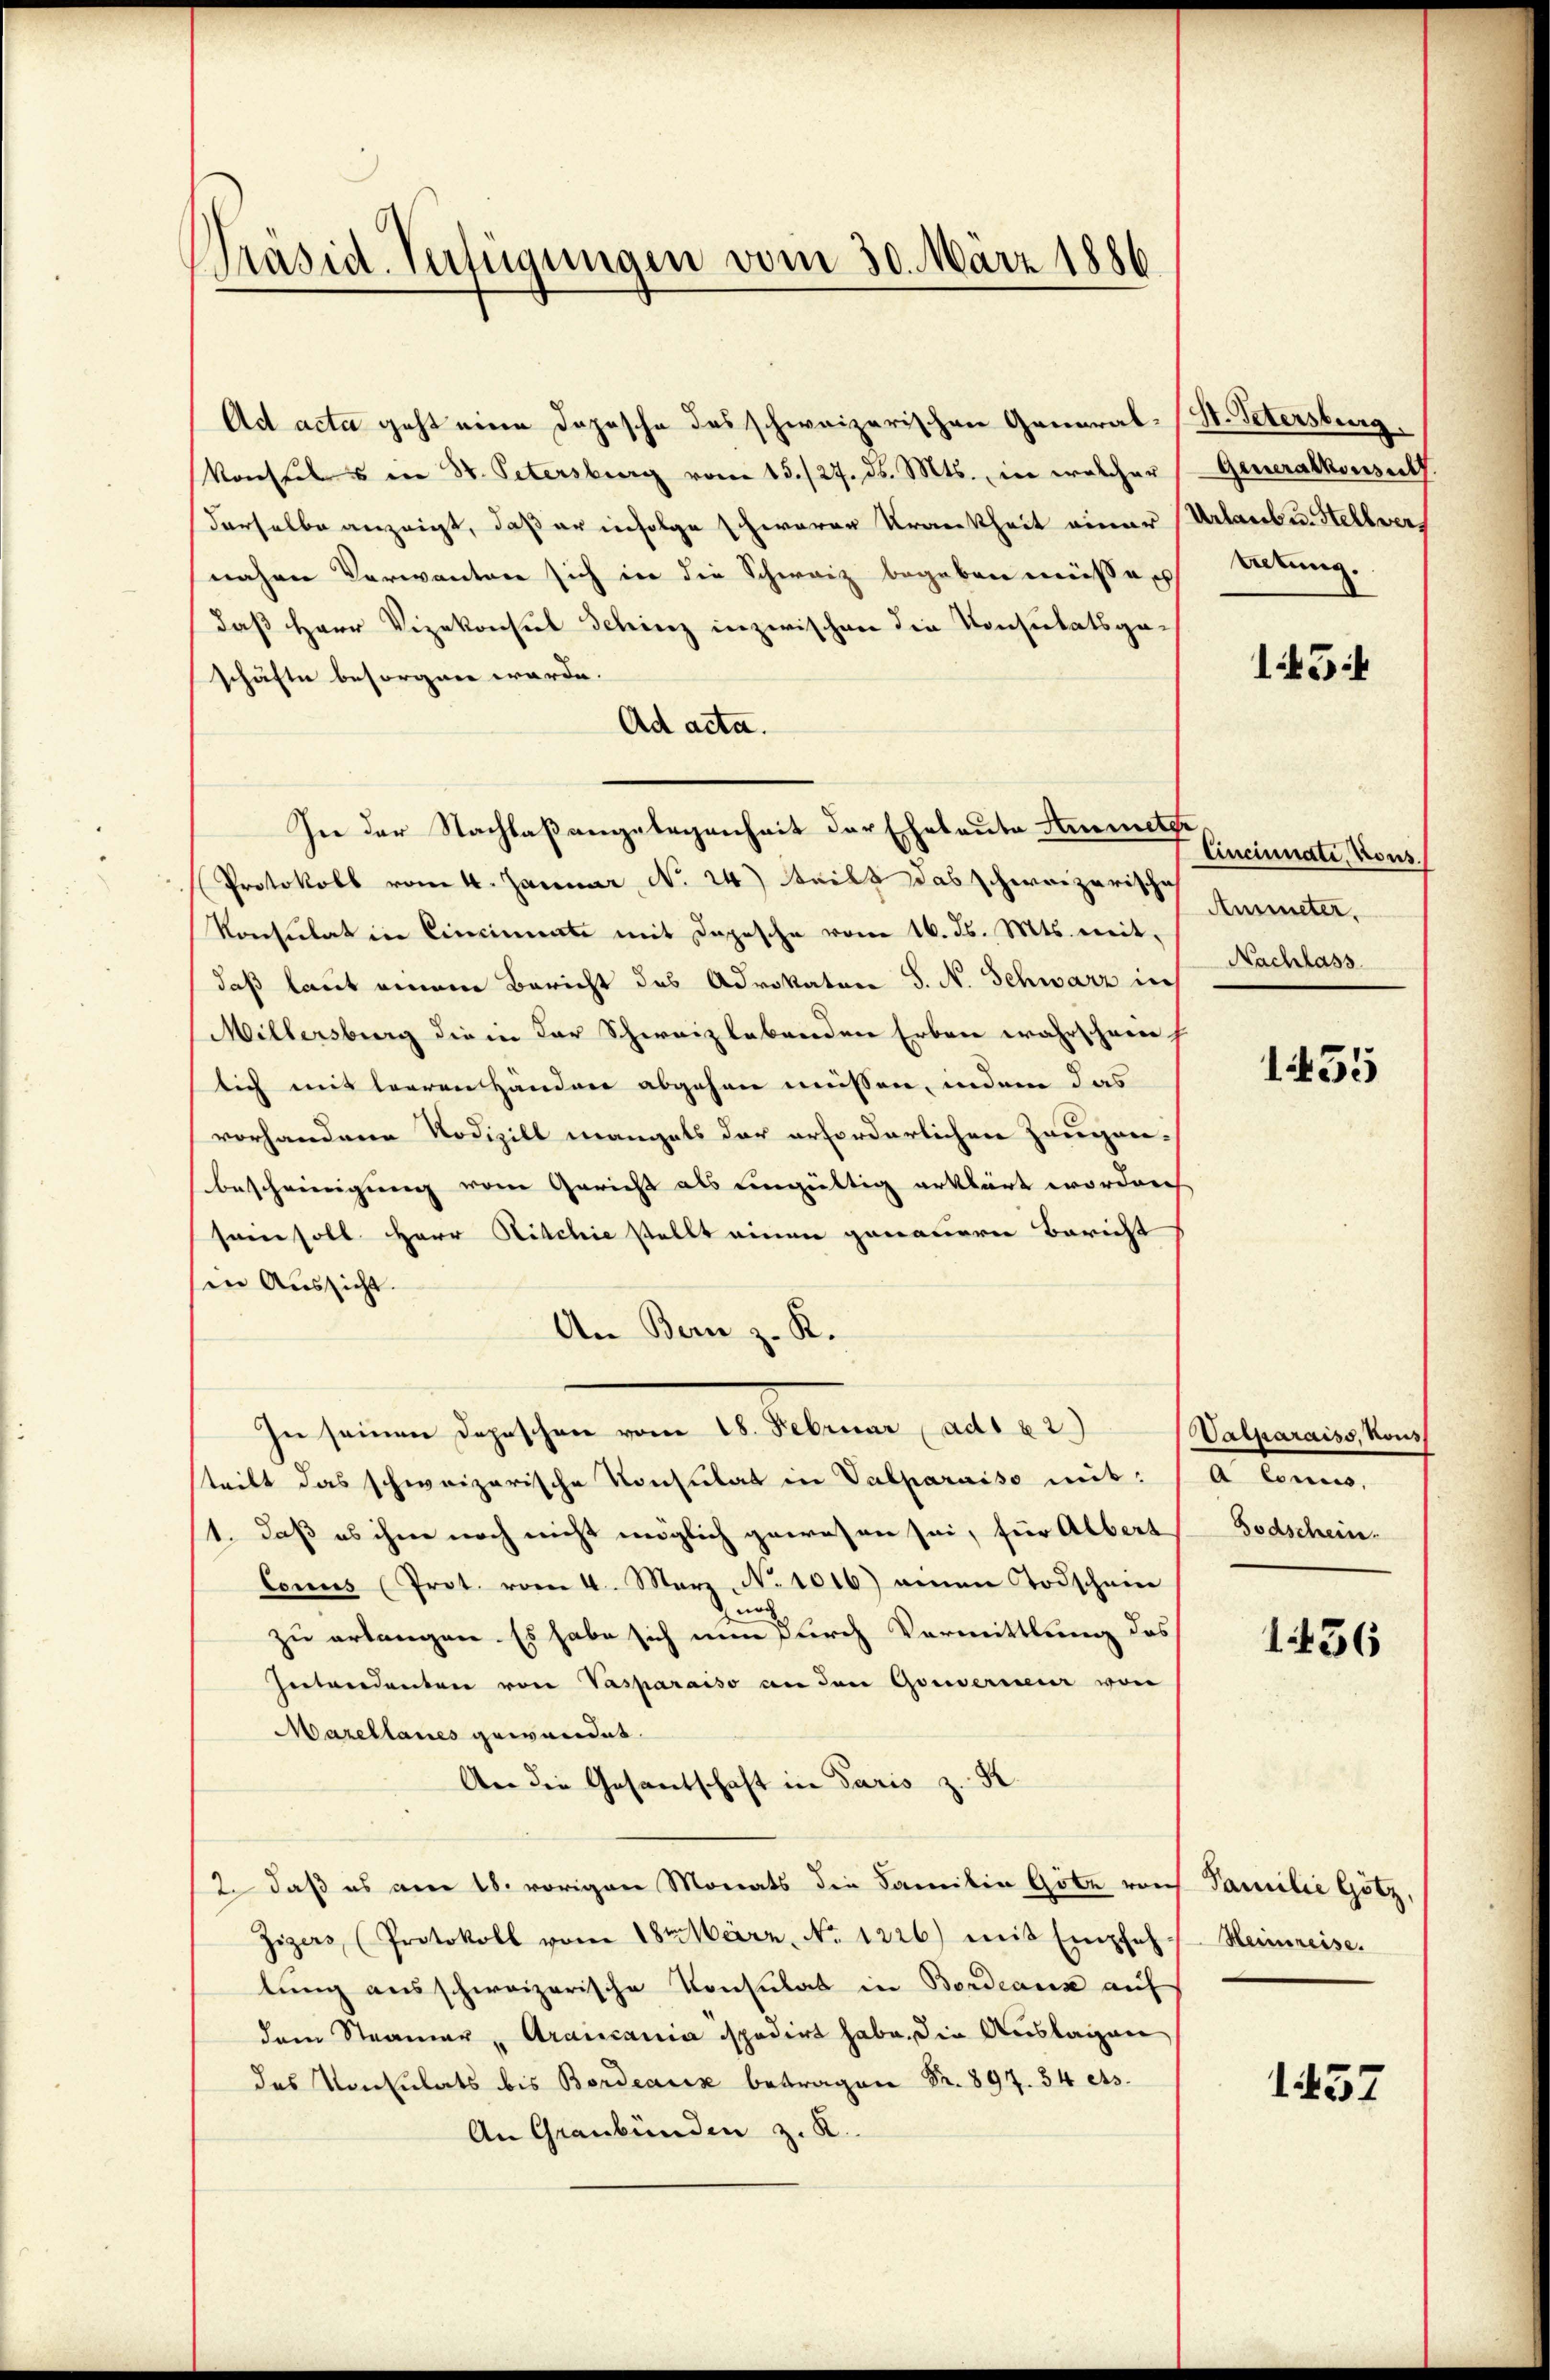
Präsid. Verfügungen vom 30. März 1886

Ad acta geht eine Depesche des schweizerischen General-St. Petersburg
Konseil u ein St. Petersburg vom 15./27. ds. Mts., in welcher
derselbe anzeigt, daß er infolge schwerer Krankheit einer
nahme Verwantere sich in die Schweiz begeben müße
daß Herr Vizekonsul Schinz inzwischen die Konsulatsgeschäfte besorgen werde.
Ad acta.
In der Nachlaßangelegenheit der Eheleute Ammeter
Protokoll vom 4. Januar No 24) teils das schweizerische
Konsulat in Cincimente mit Depesche vom 16. ds. Mts. mitdaß laut einem Bericht des Advokaten S. N. Schwarz in
Millersburg die in der Schweizlebenden Erben wahrschein
lich mit leeren Händen abgehen müssen, indem das
vorhanderen Nodizill mangels der erforderlichen Zeugenbescheinigung vom Gericht als eingültig erklärt worden
sein soll Herr Ritchie stellt einen genauern Bericht
in Aussicht.
An Bern z. K.
In seinen Depeschen vom 18. Februar ( ad1 82)
steilt das schweizerische Konsulat in Valparaiso mit:
1. daß es ihm noch nicht möglich gewesen sei, für Albert
Conus (Prot. vom 4. März, No 1016) einen Todschein
noch
zu erlangen. Es habe sich nun durch Vermittlung des
Intendanten von Vasparaiso an den Gouverneur von
Marellanes gewandet.
An die Gesantschaft in Paris z. R.
2. daß es am 18. vorigen Monats die Familie Göte vor Familie Götz,
Zizers, (Protokoll vom 18te͇n März. No. 1226) mit Empfehlung ausschweizerische Konsulat in Bordeaux auf
dem Stramer, Araiccania spedirt habe. Die Auslagen
das Konsulats bis Bordeaux betragen Fr. 897. 34 ets.
An Graubünden z. K.

Generalkonsult
Urlaub u. Stellver,
Altung.

1454

Cincinnati, Kons.
Ammneter.
Nachlass

1455

Walparaiss, Mous
a. Sonnen,
Bodschein.

1436

Heimreise.

1437